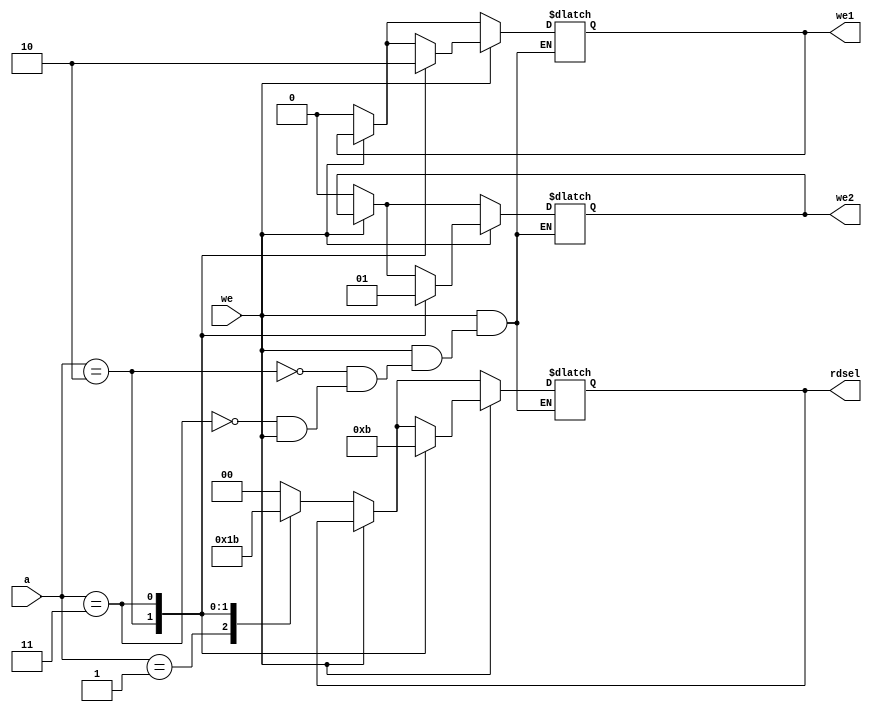
`timescale 1ns / 1ps
//////////////////////////////////////////////////////////////////////////////////
// Company: 
// Engineer: 
// 
// Design Name: 
// Module Name: miniaddressdecoder
// Project Name: 
// Target Devices: 
// Tool Versions: 
// Description: 
// 
// Dependencies: 
// 
// Revision:
// Revision 0.01 - File Created
// Additional Comments:
// 
//////////////////////////////////////////////////////////////////////////////////


module miniaddressdecoder(
input [1:0] a,
input we,
output reg we1,
output reg we2,
output reg [1:0]rdsel
    );

always@(*)
begin
if(we==0)
    begin
        case(a)
        2'b00:
            begin
            we1=0;
            we2=0;
            rdsel=2'b00;
            end
        2'b01:
            begin
            we1=0;
            we2=0;
            rdsel=2'b01;
            end
        2'b10:
            begin
            we1=0;
            we2=0;
            rdsel=2'b10;
            end
        2'b11:
            begin
            we1=0;
            we2=0;
            rdsel=2'b11;      
            end
       endcase
    end    
if(we==1)
    begin
        case(a)
        2'b10:
            begin
            we1=1;
            we2=0;
            rdsel=2'b10;
            end
        2'b11:
            begin
            we1=0;
            we2=1;
            rdsel=2'b11;
            end
       endcase
    end
end
endmodule